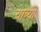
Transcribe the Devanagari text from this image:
यात्र्यों